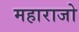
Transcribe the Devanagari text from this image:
महाराजो